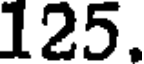
125.